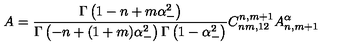
A = \frac { \Gamma \left( 1 - n + m \alpha _ { - } ^ { 2 } \right) } { \Gamma \left( - n + ( 1 + m ) \alpha _ { - } ^ { 2 } \right) \Gamma \left( 1 - \alpha _ { - } ^ { 2 } \right) } C _ { n m , 1 2 } ^ { n , m + 1 } A _ { n , m + 1 } ^ { \alpha }